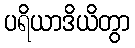
ပရိယာဒိယိတွာ